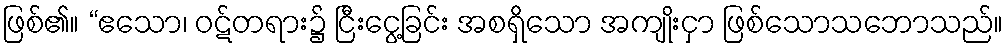
ဖြစ်၏။ “ဧသော၊ ဝဋ်တရား၌ ငြီးငွေ့ခြင်း အစရှိသော အကျိုးငှာ ဖြစ်သောသဘောသည်။